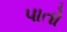
પાતો